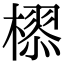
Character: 𣚉